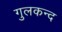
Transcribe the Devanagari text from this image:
गुलकन्द